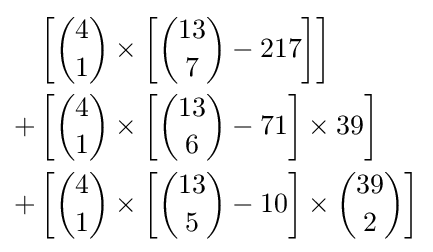
{\begin{aligned}&\left[{4 \choose 1}\times \left[{13 \choose 7}-217\right]\right]\\+&\left[{4 \choose 1}\times \left[{13 \choose 6}-71\right]\times 39\right]\\+&\left[{4 \choose 1}\times \left[{13 \choose 5}-10\right]\times {39 \choose 2}\right]\end{aligned}}